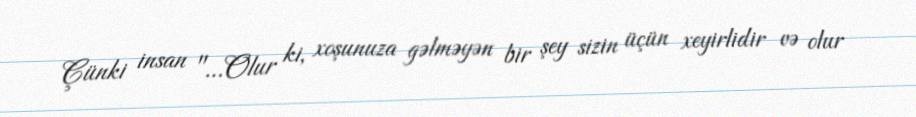
Çünki insan "…Olur ki, xoşunuza gəlməyən bir şey sizin üçün xeyirlidir və olur